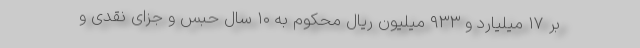
بر ۱۷ میلیارد و ۹۳۳ میلیون ریال محکوم به ۱۰ سال حبس و جزای نقدی و